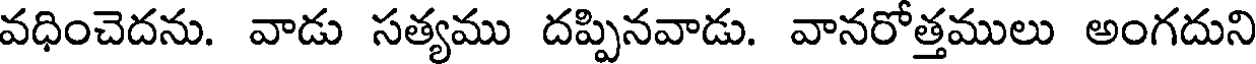
వధించెదను. వాడు సత్యము దప్పినవాడు. వానరోత్తములు అంగదుని